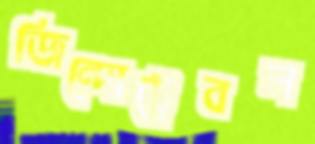
জিন্দোট্রেবল